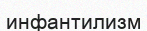
инфантилизм